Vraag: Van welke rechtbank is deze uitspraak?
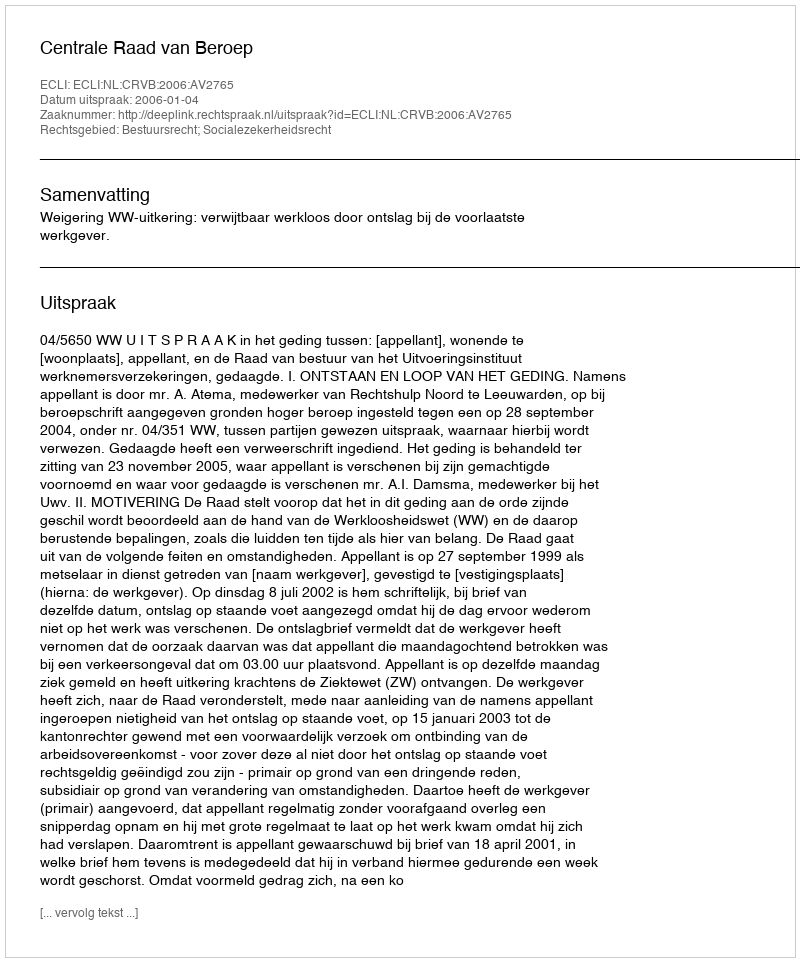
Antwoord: Centrale Raad van Beroep